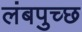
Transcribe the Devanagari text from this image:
लंबपुच्छ